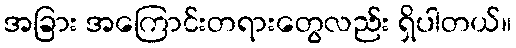
အခြား အကြောင်းတရားတွေလည်း ရှိပါတယ်။